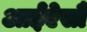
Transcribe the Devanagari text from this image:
आईऐसौ